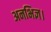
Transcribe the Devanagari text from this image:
अनभिज्ञ।